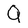
Character: Q